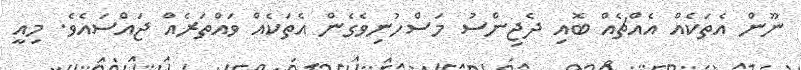
ނޫން އެތަކެއް އެއްޗެއް ބޮއި ދެޖިންސު މަސްހުނިވެގެން އެތަކެއް ވައްތަރެއް ޖައްސައެވެ. މިއީ